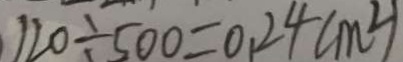
1 2 0 \div 5 0 0 = 0 . 2 4 ( m ^ { 2 } )